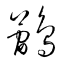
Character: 鶻